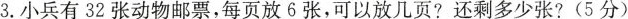
3.小兵有32张动物邮票，每页放6张，可以放几页?还剩多少张?(5分)